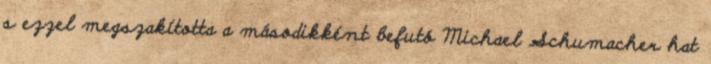
s ezzel megszakította a másodikként befutó Michael Schumacher hat